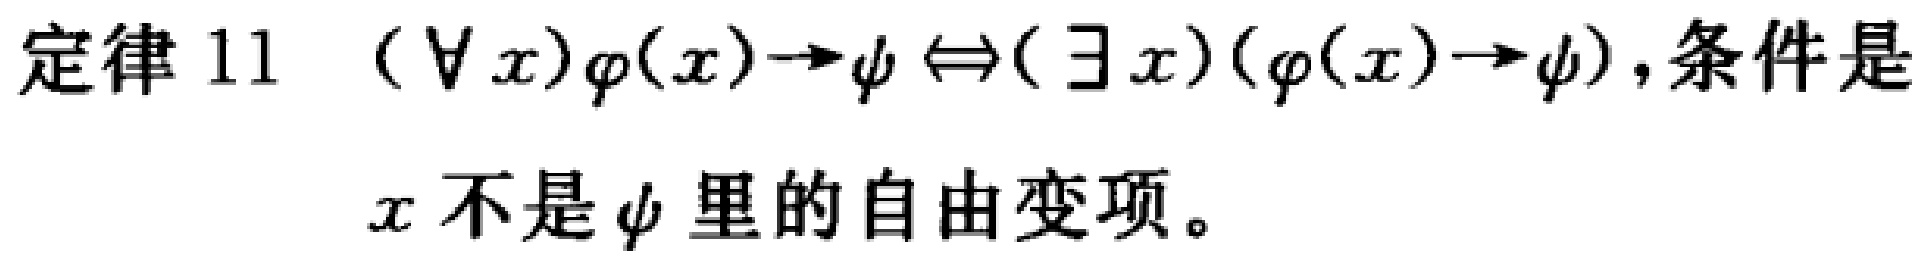
定律 11 \( (\forall x)\varphi(x)\to\psi \Leftrightarrow (\exists x)(\varphi(x)\to\psi) \),条件是
\(x\)不是\(\psi\)里的自由变项。